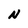
Character: N